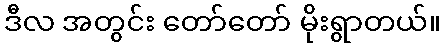
ဒီလ အတွင်း တော်တော် မိုးရွာတယ်။